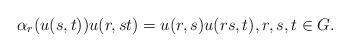
LaTeX: \begin{align*}\alpha_r(u(s,t))u(r,st)=u(r,s)u(rs,t), r,s,t\in G.\end{align*}